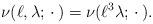
LaTeX: \begin{align*} \nu (\ell, \lambda ; \, \cdot\, ) = \nu ( \ell^3 \lambda ; \, \cdot\,) .\end{align*}